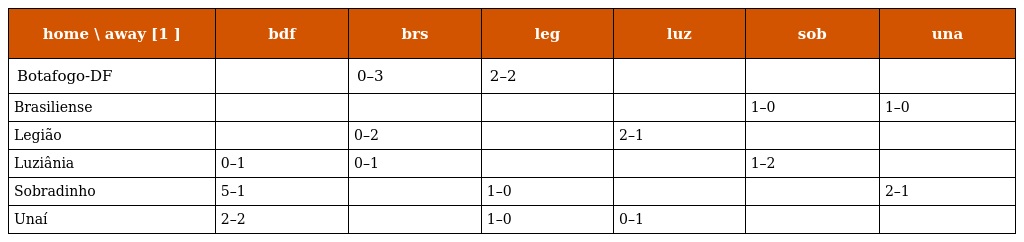
| home \ away [1 ] | bdf | brs | leg | luz | sob | una |
 | --- | --- | --- | --- | --- | --- | --- |
 | Botafogo-DF |  | 0–3 | 2–2 |  |  |  |
 | Brasiliense |  |  |  |  | 1–0 | 1–0 |
 | Legião |  | 0–2 |  | 2–1 |  |  |
 | Luziânia | 0–1 | 0–1 |  |  | 1–2 |  |
 | Sobradinho | 5–1 |  | 1–0 |  |  | 2–1 |
 | Unaí | 2–2 |  | 1–0 | 0–1 |  |  |